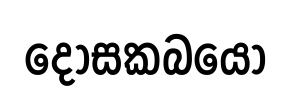
දොසකබයො